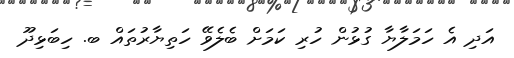
އަދި އެ ހަމަލާޔާ ގުޅުން ހުރި ކަމަށް ބެލެވޭ ހަތިޔާރުތައް ބ. ހިބަޅިދޫ